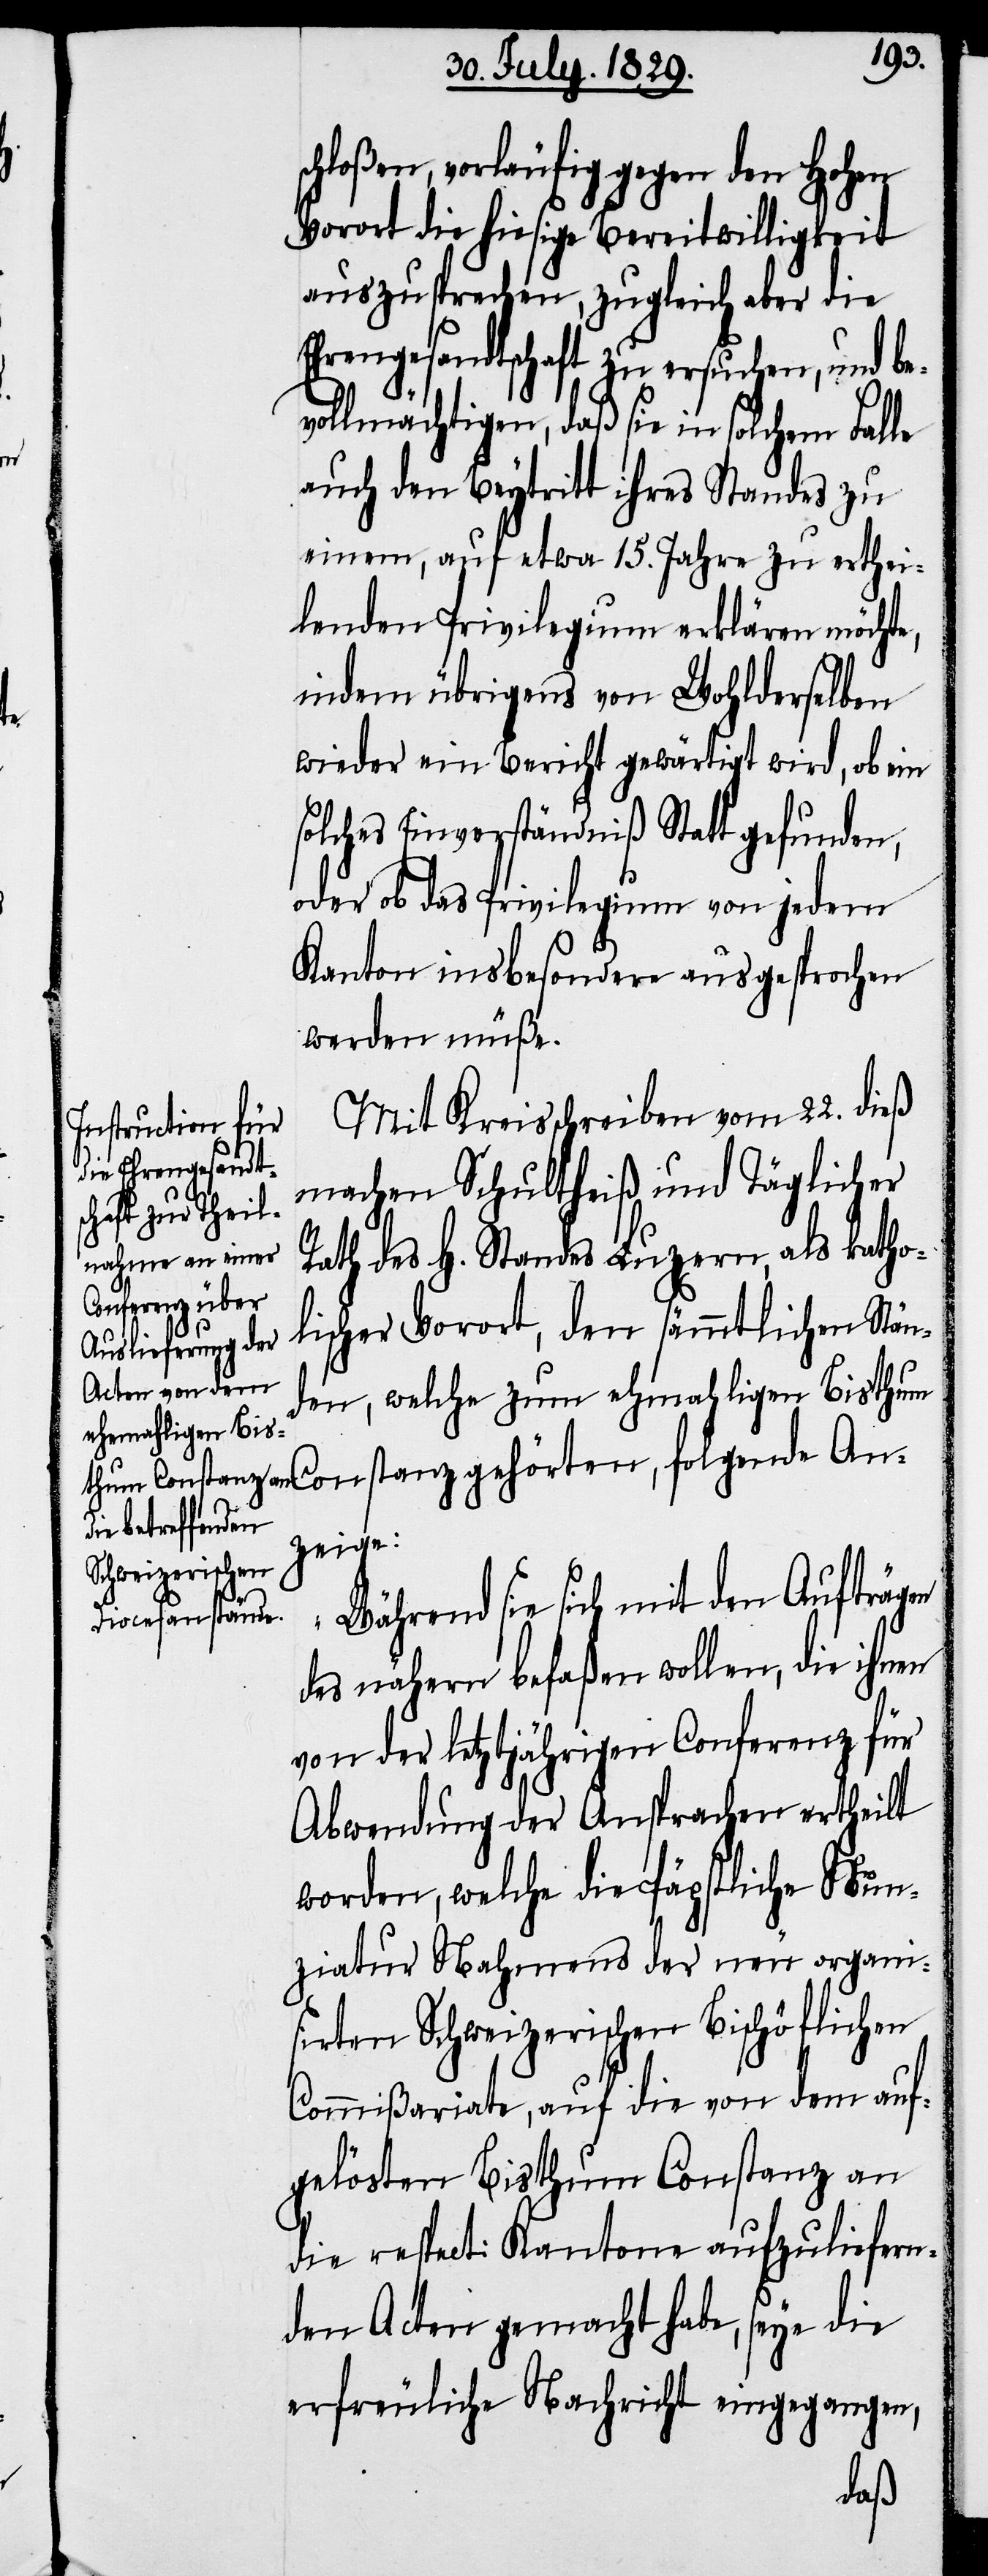
sc¬
hloßen, vorläufig gegen den Hohen
Vorort die hiesige Bereitwilligkeit
auszusprechen, zugleich aber die
Ehrengesandtschaft zu ersuchen, und be¬
vollmächtigen, daß sie in solchem Falle
auch den Beytritt ihres Standes zu
einem, auf etwa 15. Jahre zu erthei¬
lenden Privilegium erklären möchte,
indem übrigens von Wohlderselben
wieder ein Bericht gewärtigt wird, ob ein
solches Einverständniß Statt gefunden,
oder ob das Privilegium von jedem
Kanton insbesondere ausgesprochen
werden müße.
Mit Kreisschreiben vom 22. dieß
machen Schultheiß und Täglicher
Rath des H. Standes Luzern, als katho¬
lischer Vorort, den sämmtlichen Stän¬
den, welche zum ehemahligen Bisthu¬
m Constanz gehörten, folgende An¬
zeige:
„Während sie sich mit den Aufträgen
des nähern befaßen wollen, die ihnen
von der letztjährigen Conferenz für
Abwendung der Ansprachen ertheilt
worden, welche die Päpstliche Nun¬
ziatur Nahmens der neu organi¬
sirten Schweizerischen Bischöflichen
Commißariate, auf die von dem auf¬
gelösten Bisthum Constanz an
die respect: Kantone aufzuliefern¬
den Acten gemacht habe, seye die
erfreuliche Nachricht eingegangen,